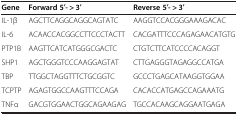
<table><thead><tr><td><b>Gene</b></td><td><b>Forward 5′- &gt; 3′</b></td><td><b>Reverse 5′- &gt; 3′</b></td></tr></thead><tbody><tr><td>IL-1β</td><td>AGCTTCAGGCAGGCAGTATC</td><td>AAGGTCCACGGGAAAGACAC</td></tr><tr><td>IL-6</td><td>ACAACCACGGCCTTCCCTACTT</td><td>CACGATTTCCCAGAGAACATGTG</td></tr><tr><td>PTP1B</td><td>AAGTTCATCATGGGCGACTC</td><td>CTGTCTTCATCCCCACAGGT</td></tr><tr><td>SHP1</td><td>AGCTGGGTCCCAAGGAGTAT</td><td>CTTGAGGGTAGAGGCCATGA</td></tr><tr><td>TBP</td><td>TTGGCTAGGTTTCTGCGGTC</td><td>GCCCTGAGCATAAGGTGGAA</td></tr><tr><td>TCPTP</td><td>AGAGTGGCCAAGTTTCCAGA</td><td>CACACCATGAGCCAGAAATG</td></tr><tr><td>TNFα</td><td>GACGTGGAACTGGCAGAAGAG</td><td>TGCCACAAGCAGGAATGAGA</td></tr></tbody></table>